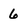
Character: 6